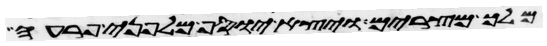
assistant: מלך מצרים ויצא יוסף מלפני פרעה